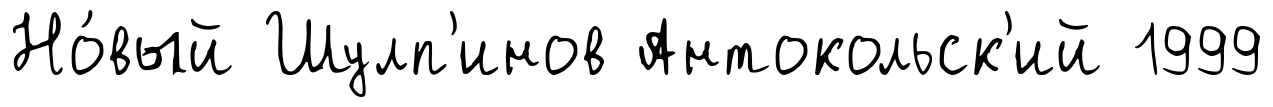
Но́вый Шулп'инов Антокольск'ий 1999